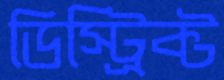
ডিস্ট্রিক্ট